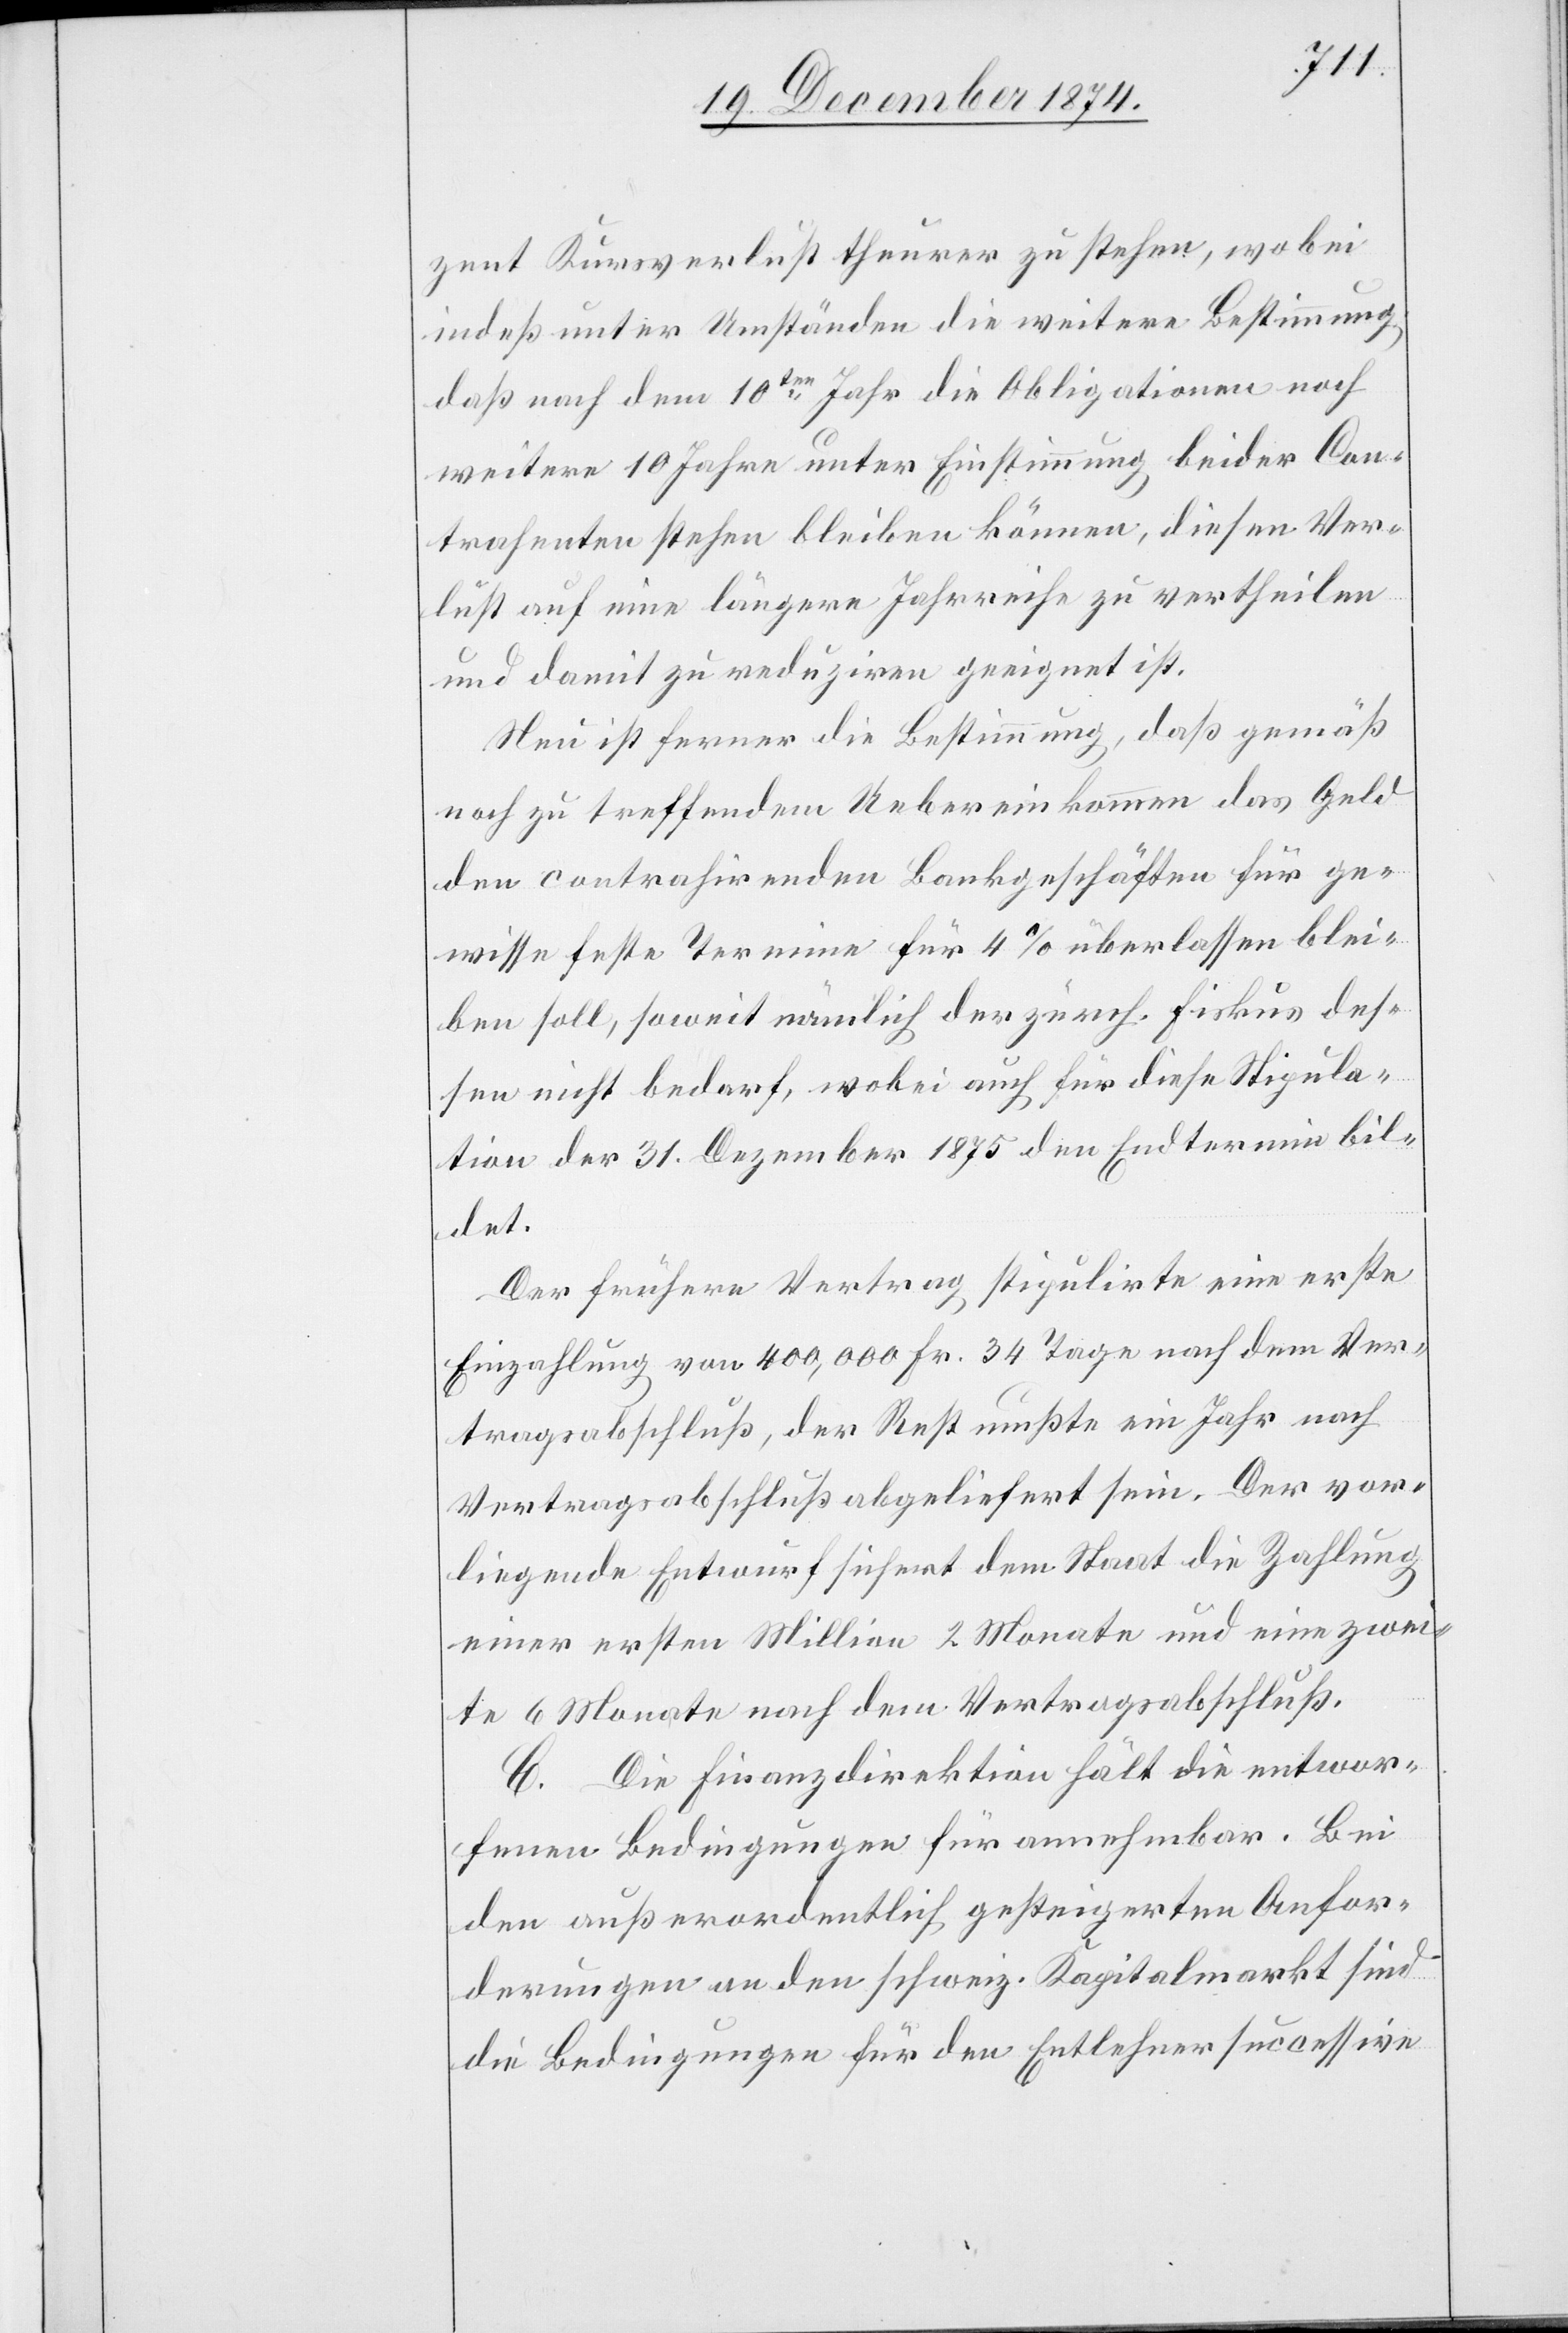
zent Kursverlust theurer zu stehen, wobei
indeß unter Umständen die weitere Bestimmung,
daß nach dem 10ten Jahr die Obligationen noch
weitere 10 Jahre unter Einstimmung beider Con¬
trahenten stehen bleiben können, diesen Ver¬
lust auf eine längere Jahrreihe zu vertheilen
und damit zu reduziren geeignet ist.
Neu ist ferner die Bestimmung, daß gemäß
noch zu treffenden Uebereinkommen das Geld
den contrahirenden Bankgeschäften für ge¬
wisse feste Termine für 4% überlassen blei¬
ben soll, soweit nämlich der zürch. Fiskus des¬
sen nicht bedarf, wobei auch für diese Stipula¬
tion der 31. Dezember 1875 den Endtermin bil¬
det.
Der frühere Vertrag stipulirte eine erste
Einzahlung von 400,000 Fr. 34 Tage nach dem Ver¬
tragsabschluß, der Rest mußte ein Jahr nach
Vertragsabschluß abgeliefert sein. Der vor¬
liegende Entwurf sichert dem Staat die Zahlung
einer ersten Million 2 Monate und eine zwei¬
te 6 Monate nach dem Vertragsabschluß.
C. Die Finanzdirektion hält die entwor¬
fenen Bedingungen für annehmbar. Bei
den außerordentlich gesteigerten Anfor¬
derungen an den schweiz. Kapitalmarkt sind
die Bedingungen für den Entlehner successive